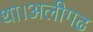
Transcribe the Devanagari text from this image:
था।अलीगढ